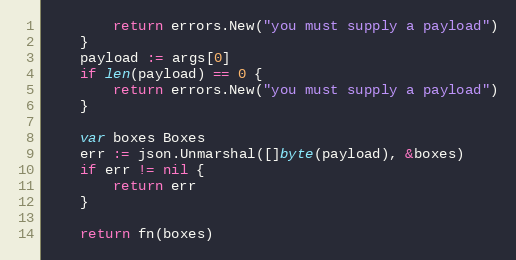
Language: Go
		return errors.New("you must supply a payload")
	}
	payload := args[0]
	if len(payload) == 0 {
		return errors.New("you must supply a payload")
	}

	var boxes Boxes
	err := json.Unmarshal([]byte(payload), &boxes)
	if err != nil {
		return err
	}

	return fn(boxes)